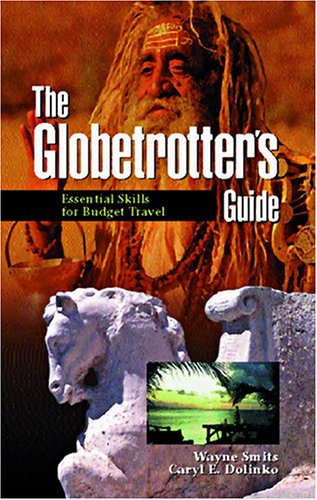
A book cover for The Globetrotter's Guide: Essential Skills for Budget Travel (Non Fiction); Wayne Smits; Travel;